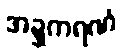
အဍ္ဍကရဏံ